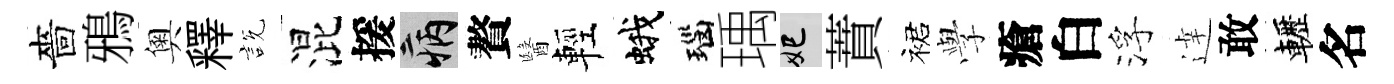
嗇鴉奧釋説混援病贅醫輕蛾瑙瑀妃蕡裙𫝯瘡白浮逹敢轣名